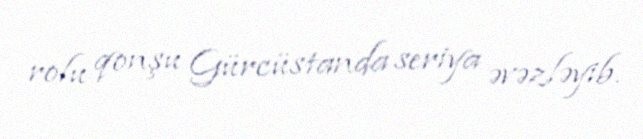
rolu qonşu Gürcüstanda seriya əvəzləyib.